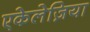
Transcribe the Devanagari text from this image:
एकेलेज़िया